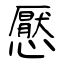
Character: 懕